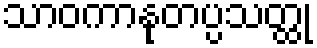
သာဝကာနုတပ္ပသတ္ထု